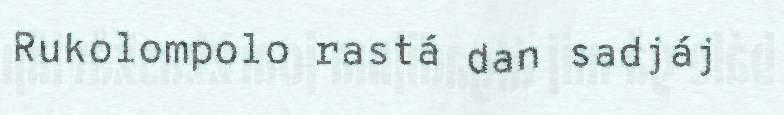
Rukolompolo rastá dan sadjáj